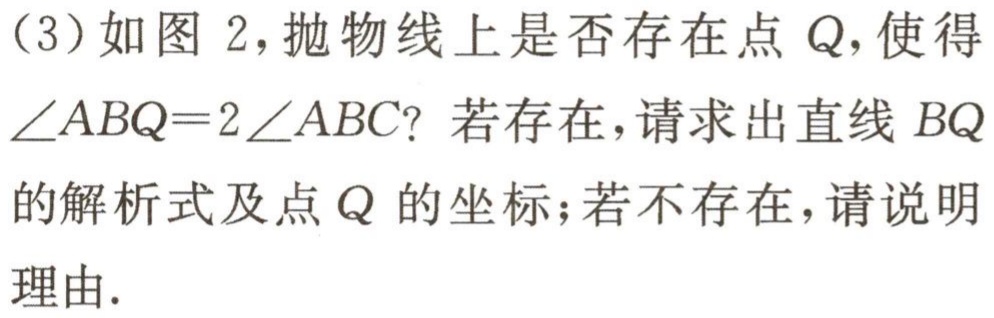
（3）如图 2，抛物线上是否存在点 \(Q\)，使得\(\angle ABQ = 2\angle ABC\)？若存在，请求出直线 \(BQ\)的解析式及点 \(Q\)的坐标；若不存在，请说明理由.